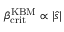
\beta _ { \mathrm { c r i t } } ^ { \mathrm { K B M } } \propto | \hat { s } |